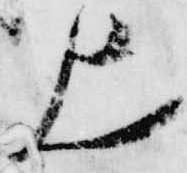
上